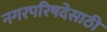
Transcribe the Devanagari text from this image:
नगरपरिषदेसाठी